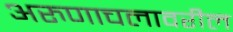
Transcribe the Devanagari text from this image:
अरुणाचलावरील